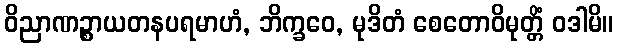
ဝိညာဏဉ္စာယတနပရမာဟံ, ဘိက္ခဝေ, မုဒိတံ စေတောဝိမုတ္တိံ ဝဒါမိ။